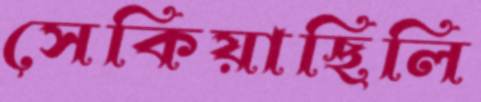
সেকিয়াছিলি